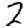
Digit: 2